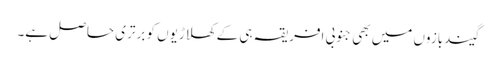
گیندبازوں میں بھی جنوبی افریقہ ہی کے کھلاڑیوں کو برتری حاصل ہے۔